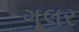
ગૂલર